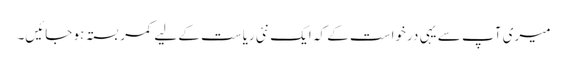
میری آپ سے یہی درخواست کے کہ ایک نئی ریاست کے لیے کمر بستہ ہو جائیں۔